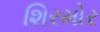
શિરમોર